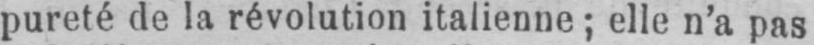
pureté de la révolution italienne; elle n’a pas